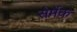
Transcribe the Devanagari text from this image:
सेर्मेक